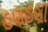
હણહણી